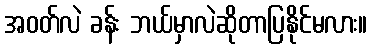
အဝတ်လဲ ခန်း ဘယ်မှာလဲဆိုတာပြနိုင်မလား။